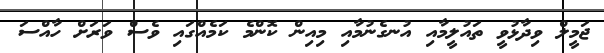
ޖަމީލް ވިދާޅުވީ ތައުލީމާއި އުނގެނުމާއި މިއިން ކޮންމެ ކަމެއްގައި ވެސް ވަރަށް ހާއްސަ